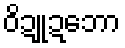
ဝိဍူဍဘော